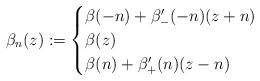
LaTeX: \begin{align*}\beta_n(z):=\begin{cases} \beta(-n)+\beta'_-(-n)(z+n) & \\\beta(z) &\\\beta(n)+\beta'_+(n)(z-n) &\end{cases}\end{align*}